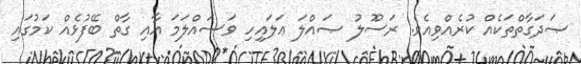
ޞަދަގާތްތަކެއް ކުރެއްވިއެވެ. ރަސޫލު ޞައްލަ ޢަލައިހި ވަސައްލަމަ އާއި ގާތް ބޭފުޅެއް ކަމުގައި